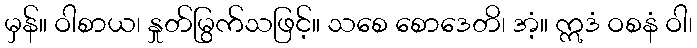
မှန်။ ဝါစာယ၊ နှုတ်မြွက်သဖြင့်။ သစေ စောဒေတိ၊ အံ့။ ဣဒံ ဝစနံ ဝါ၊